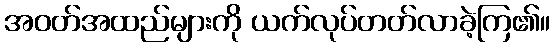
အဝတ်အထည်များကို ယက်လုပ်တတ်လာခဲ့ကြ၏။